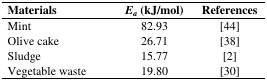
<table><thead><tr><td><b>Materials</b></td><td><b><i>E</i><i><sub>a</sub></i> (kJ/mol)</b></td><td><b>References</b></td></tr></thead><tbody><tr><td>Mint</td><td>82.93</td><td>[44]</td></tr><tr><td>Olive cake</td><td>26.71</td><td>[38]</td></tr><tr><td>Sludge</td><td>15.77</td><td>[2]</td></tr><tr><td>Vegetable waste</td><td>19.80</td><td>[30]</td></tr></tbody></table>